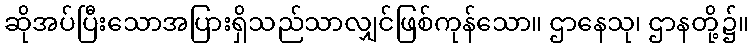
ဆိုအပ်ပြီးသောအပြားရှိသည်သာလျှင်ဖြစ်ကုန်သော။ ဌာနေသု၊ ဌာနတို့၌။